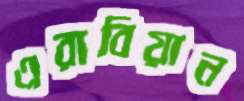
এরাবিয়ান